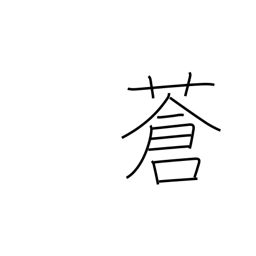
Meaning: pale